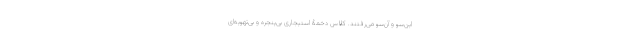
این‌سو و آن‌سو می‌رفتند. کلاس دخمۀ استیجاریِ بی‌پنجره و بی‌تهویه‌ای